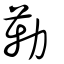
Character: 勱